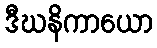
ဒီဃနိကာယော